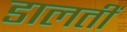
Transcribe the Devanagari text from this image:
डालतीं